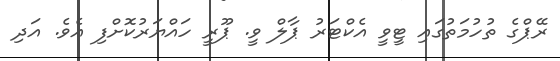
ރޭޕްގެ ތުހުމަތުގައި ޓީވީ އެކްޓަރު ޕާލް ވީ. ޕޫރީ ހައްޔަރުކޮށްފި އެވެ. އަދި